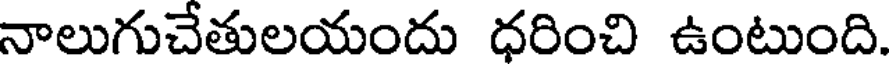
నాలుగుచేతులయందు ధరించి ఉంటుంది.